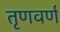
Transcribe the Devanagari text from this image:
तृणवर्ण